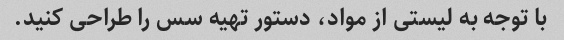
با توجه به لیستی از مواد، دستور تهیه سس را طراحی کنید.